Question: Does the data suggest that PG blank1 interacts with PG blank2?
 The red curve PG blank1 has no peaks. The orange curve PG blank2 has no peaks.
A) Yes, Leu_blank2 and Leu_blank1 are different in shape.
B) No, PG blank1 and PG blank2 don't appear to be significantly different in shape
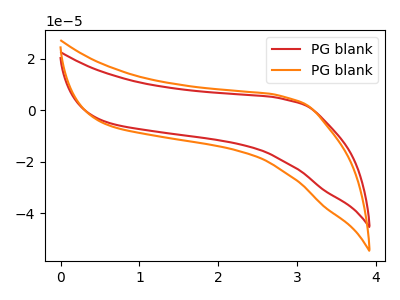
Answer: <think>Neither "PG blank1" or "PG blank2" have any peaks.
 </think>
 <answer>B) No, "PG blank1" and "PG blank2" don't appear to be significantly different in shape</answer>
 <eval>B</eval>